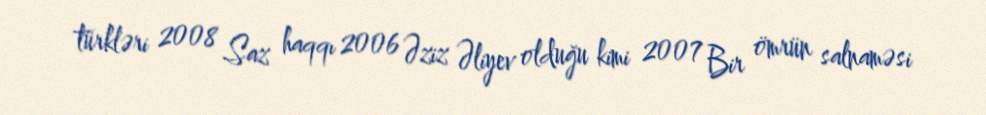
türkləri 2008 Saz haqqı 2006 Əziz Əliyev olduğu kimi 2007 Bir ömrün salnaməsi